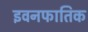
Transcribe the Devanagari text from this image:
इवनफातिक